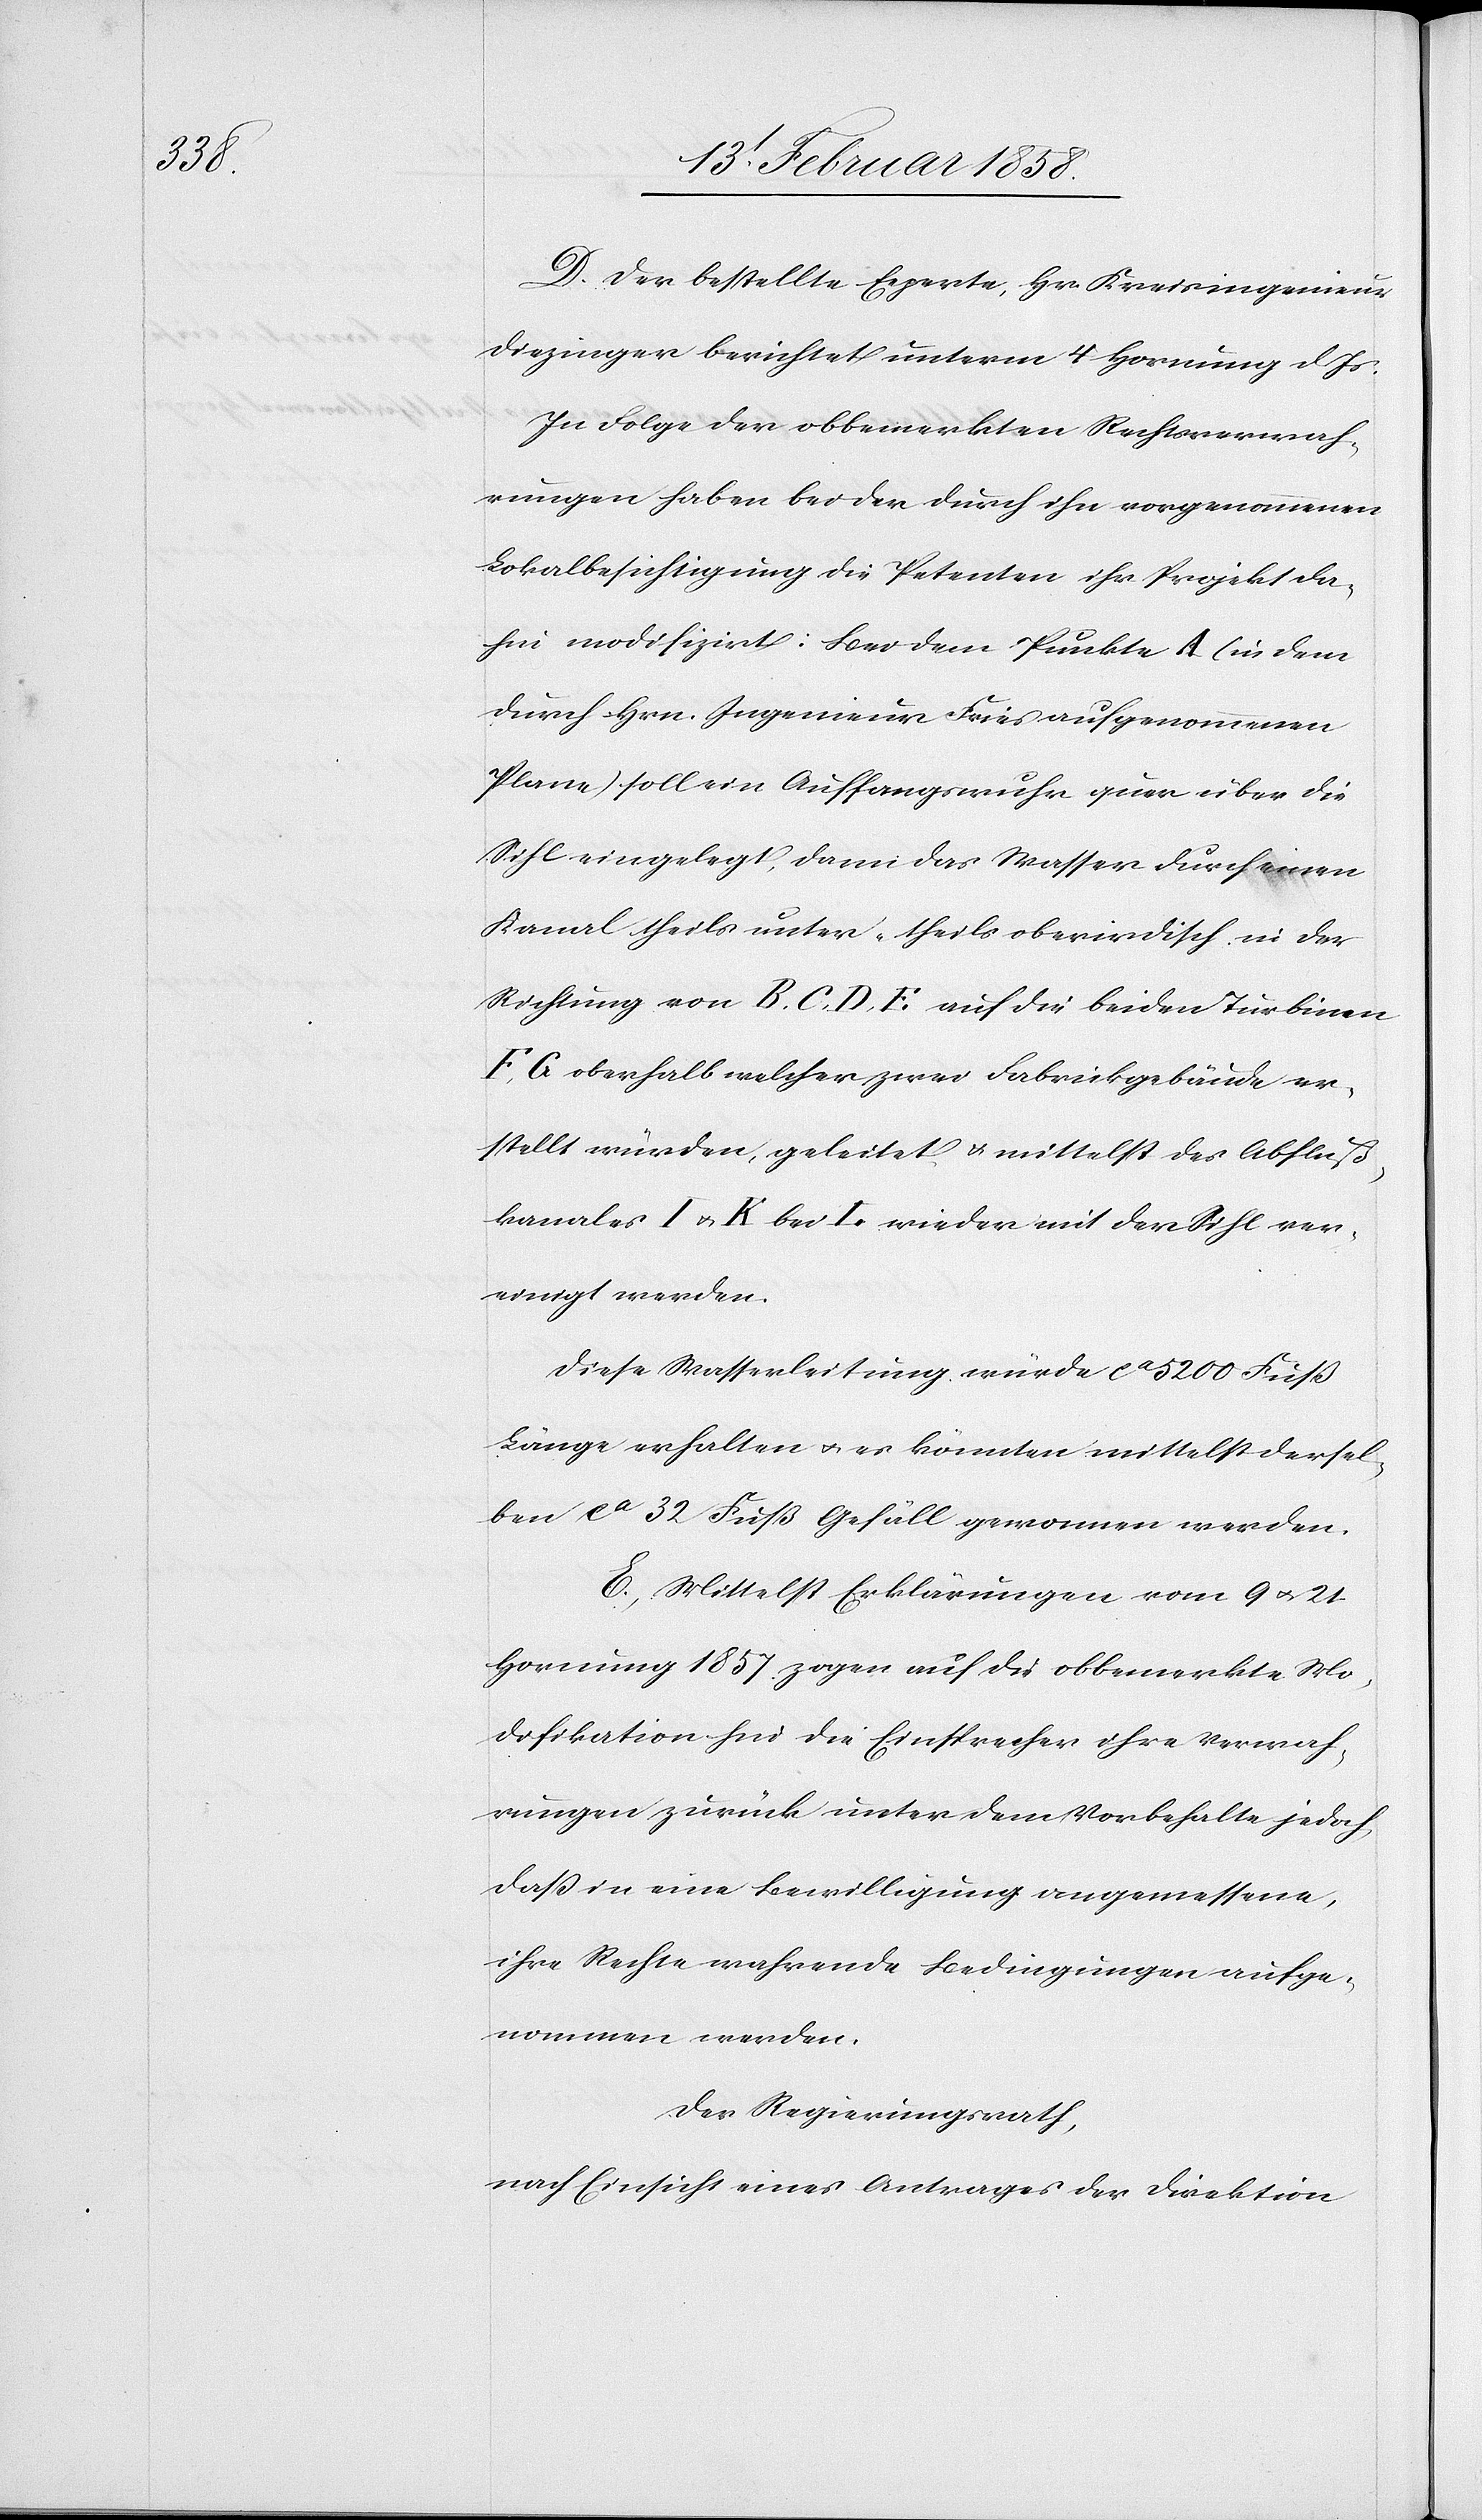
D. Der bestellte Experte, Hr. Kreisingenieur
Diezinger berichtet unterm 4 Hornung d. Js.
In Folge der obbemerkten Rechtsverwah¬
rungen haben bei der durch ihn vorgenommenen
Lokalbesichtigung die Petenten ihr Projekt da¬
hin modifizirt: Bei dem Punkte A (in dem
durch Hrn. Ingenieur Fries aufgenommenen
Plane) soll ein Auffangswuhr quer über die
Sihl eingelegt, dann das Wasser durch einen
Kanal theils unter, theils oberirdisch in der
Richtung von B. C. D. F. auf die beiden Turbinen
F, G oberhalb welcher zwei Fabrikgebäude er¬
stellt würden, geleitet u. mittelst des Abfluß¬
kanals I & K bei L wieder mit der Sihl ver¬
einigt werden.
Diese Wasserleitung würde ca 5200 Fuß
Länge erhalten u. es könnten mittelst dersel¬
ben ca 32 Fuß Gefäll gewonnen werden.
E. Mittelst Erklärungen vom 9 u. 21
Hornung 1857 zogen auf die obbemerkte Mo¬
difikation hin die Einsprecher ihre Verwah¬
rungen zurück unter dem Vorbehalte jedoch,
daß in eine Bewilligung angemessene,
ihre Rechte wahrende Bedingungen aufge¬
nommen werden.
Der Regierungsrath,
nach Einsicht eines Antrages der Direktion